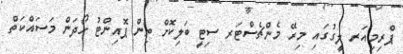
ޕްރިމިއަރ ލީގުގައި މިރޭ މެންޗެސްޓަރ ސިޓީ ބަލިކޮށް ތިން ޕޮއިންޓު ހޯދަން މަސައްކަތް